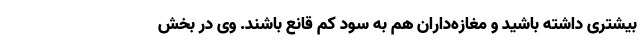
بیشتری داشته باشید و مغازه‌داران هم به سود کم قانع باشند. وی در بخش